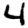
Digit: 4